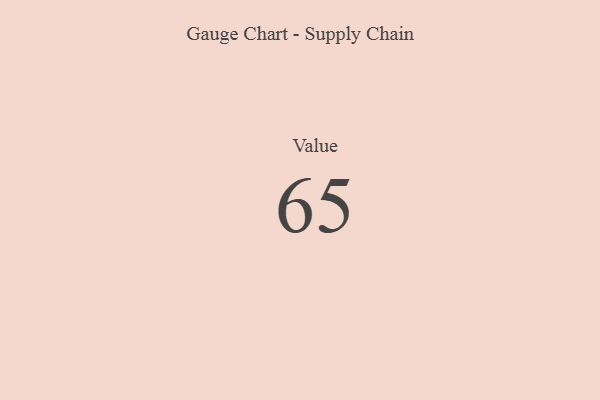
{"axis": {"x": "Metric", "y": "Value"}, "legend": [""], "data": [{"x": "Value", "y": 65, "type": ""}]}